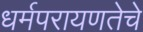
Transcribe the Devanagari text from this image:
धर्मपरायणतेचे